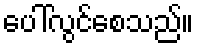
ပေါ်လွင်စေသည်။